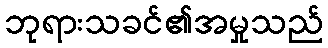
ဘုရားသခင်၏အမှုသည်